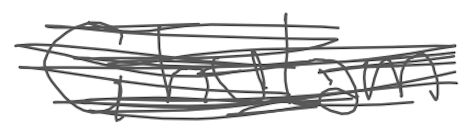
Text: Ghulam
Cross-out: scratch
Writing tool: digital_gray